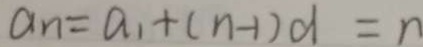
a _ { n } = a _ { 1 } + ( n - 1 ) d = n